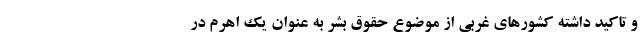
و تاکید داشته کشورهای غربی از موضوع حقوق بشر به عنوان یک اهرم در